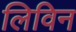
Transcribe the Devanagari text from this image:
लिविन